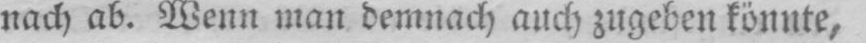
nach ab. Wenn man demnach auch zugeben könnte,